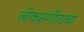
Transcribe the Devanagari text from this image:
लोकसंगीताचा